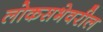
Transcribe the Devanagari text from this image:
लोकसभेवरील